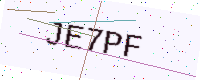
Text: JE7PF